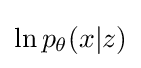
\ln p_{\theta }(x|z)